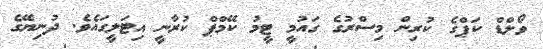
ވޯލްޑް ކަޕްގެ ކުރިން މިސްރުގެ ގައުމީ ޓީމު ކޭމްޕް ކުރާނީ އިޓަލީގައެވެ. ދުނިޔޭގެ